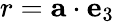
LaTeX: r=\mathbf{a}\cdot\mathbf{e}_{3}